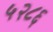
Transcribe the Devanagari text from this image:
५२८६